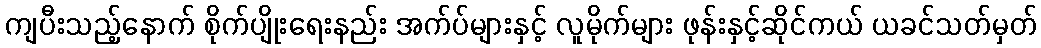
ကျပီးသည့်နောက် စိုက်ပျိုးရေးနည်း အက်ပ်များနှင့် လူမိုက်များ ဖုန်းနှင့်ဆိုင်ကယ် ယခင်သတ်မှတ်